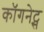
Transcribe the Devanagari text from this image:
कॉगनेट्स